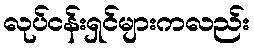
လုပ်ငန်းရှင်များကလည်း